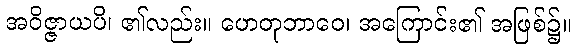
အဝိဇ္ဇာယပိ၊ ၏လည်း။ ဟေတုဘာဝေ၊ အကြောင်း၏ အဖြစ်၌။